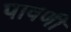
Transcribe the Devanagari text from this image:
पावणी